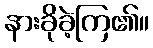
နားခိုခဲ့ကြ၏။